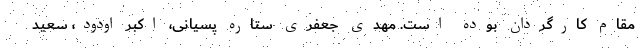
مقام کارگردان بوده است. مهدی جعفری ستاره پسیانی، اکبر اودود، سعید